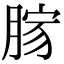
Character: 𦜸